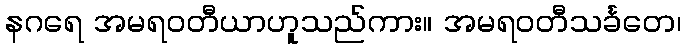
နဂရေ အမရဝတီယာဟူသည်ကား။ အမရဝတီသင်္ခတေ၊